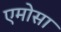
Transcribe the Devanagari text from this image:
एमोसा